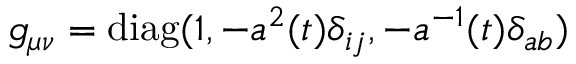
g _ { \mu \nu } = \mathrm { d i a g } ( 1 , - a ^ { 2 } ( t ) \delta _ { i j } , - a ^ { - 1 } ( t ) \delta _ { a b } )